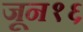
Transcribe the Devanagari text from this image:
जून१६